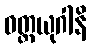
ဝတ္ထယုဂါနိ